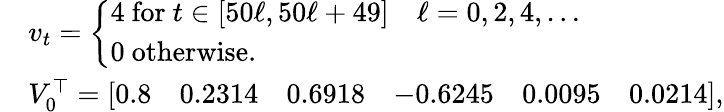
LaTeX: \begin{array}{rl}&{v_{t}=\left\{ \begin{array}{ll}{4\mathrm{~for~}t\in[50\ell,50\ell+49]\quad\ell=0,2,4,\ldots}\\ {0\mathrm{~otherwise}.}\end{array}\right.}\\ &{V_{0}^{\top}=\left[\begin{array}{llllll}{0.8}&{0.2314}&{0.6918}&{-0.6245}&{0.0095}&{0.0214}\end{array}\right],}\end{array}